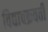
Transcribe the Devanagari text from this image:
विद्याचक्रवर्ती